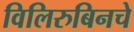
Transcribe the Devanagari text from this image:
विलिरुबिनचे